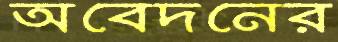
অবেদনের